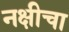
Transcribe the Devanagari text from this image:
नक्षीचा